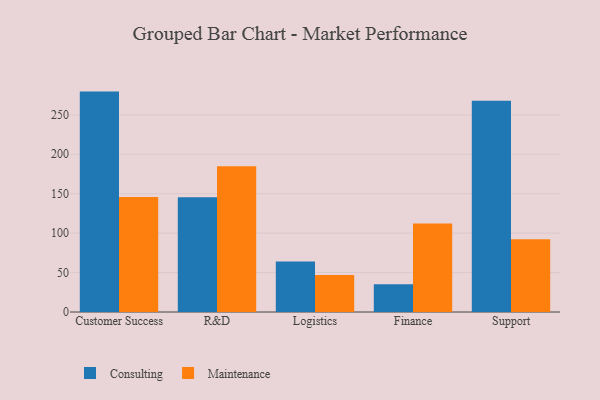
{"axis": {"x": "Department", "y": "Page Views"}, "legend": ["Consulting", "Maintenance"], "data": [{"x": "Customer Success", "y": 279.5, "type": "Consulting"}, {"x": "Customer Success", "y": 145.8, "type": "Maintenance"}, {"x": "R&D", "y": 145.4, "type": "Consulting"}, {"x": "R&D", "y": 184.9, "type": "Maintenance"}, {"x": "Logistics", "y": 64.0, "type": "Consulting"}, {"x": "Logistics", "y": 46.9, "type": "Maintenance"}, {"x": "Finance", "y": 35.2, "type": "Consulting"}, {"x": "Finance", "y": 112.1, "type": "Maintenance"}, {"x": "Support", "y": 268.0, "type": "Consulting"}, {"x": "Support", "y": 92.1, "type": "Maintenance"}]}